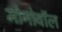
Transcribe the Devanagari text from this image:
मोनोवॉल